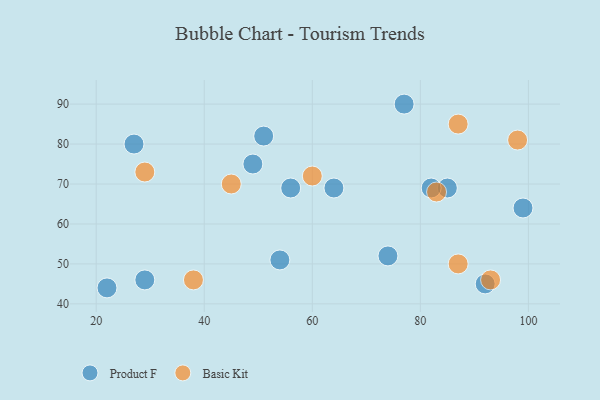
{"axis": {"x": "GDP", "y": "Life Expectancy"}, "legend": ["Basic Kit", "Product F"], "data": [{"x": "74", "y": 52, "type": "Product F"}, {"x": "85", "y": 69, "type": "Product F"}, {"x": "56", "y": 69, "type": "Product F"}, {"x": "64", "y": 69, "type": "Product F"}, {"x": "49", "y": 75, "type": "Product F"}, {"x": "77", "y": 90, "type": "Product F"}, {"x": "92", "y": 45, "type": "Product F"}, {"x": "29", "y": 46, "type": "Product F"}, {"x": "82", "y": 69, "type": "Product F"}, {"x": "22", "y": 44, "type": "Product F"}, {"x": "27", "y": 80, "type": "Product F"}, {"x": "51", "y": 82, "type": "Product F"}, {"x": "99", "y": 64, "type": "Product F"}, {"x": "54", "y": 51, "type": "Product F"}, {"x": "83", "y": 68, "type": "Basic Kit"}, {"x": "45", "y": 70, "type": "Basic Kit"}, {"x": "87", "y": 85, "type": "Basic Kit"}, {"x": "38", "y": 46, "type": "Basic Kit"}, {"x": "29", "y": 73, "type": "Basic Kit"}, {"x": "98", "y": 81, "type": "Basic Kit"}, {"x": "60", "y": 72, "type": "Basic Kit"}, {"x": "93", "y": 46, "type": "Basic Kit"}, {"x": "87", "y": 50, "type": "Basic Kit"}]}